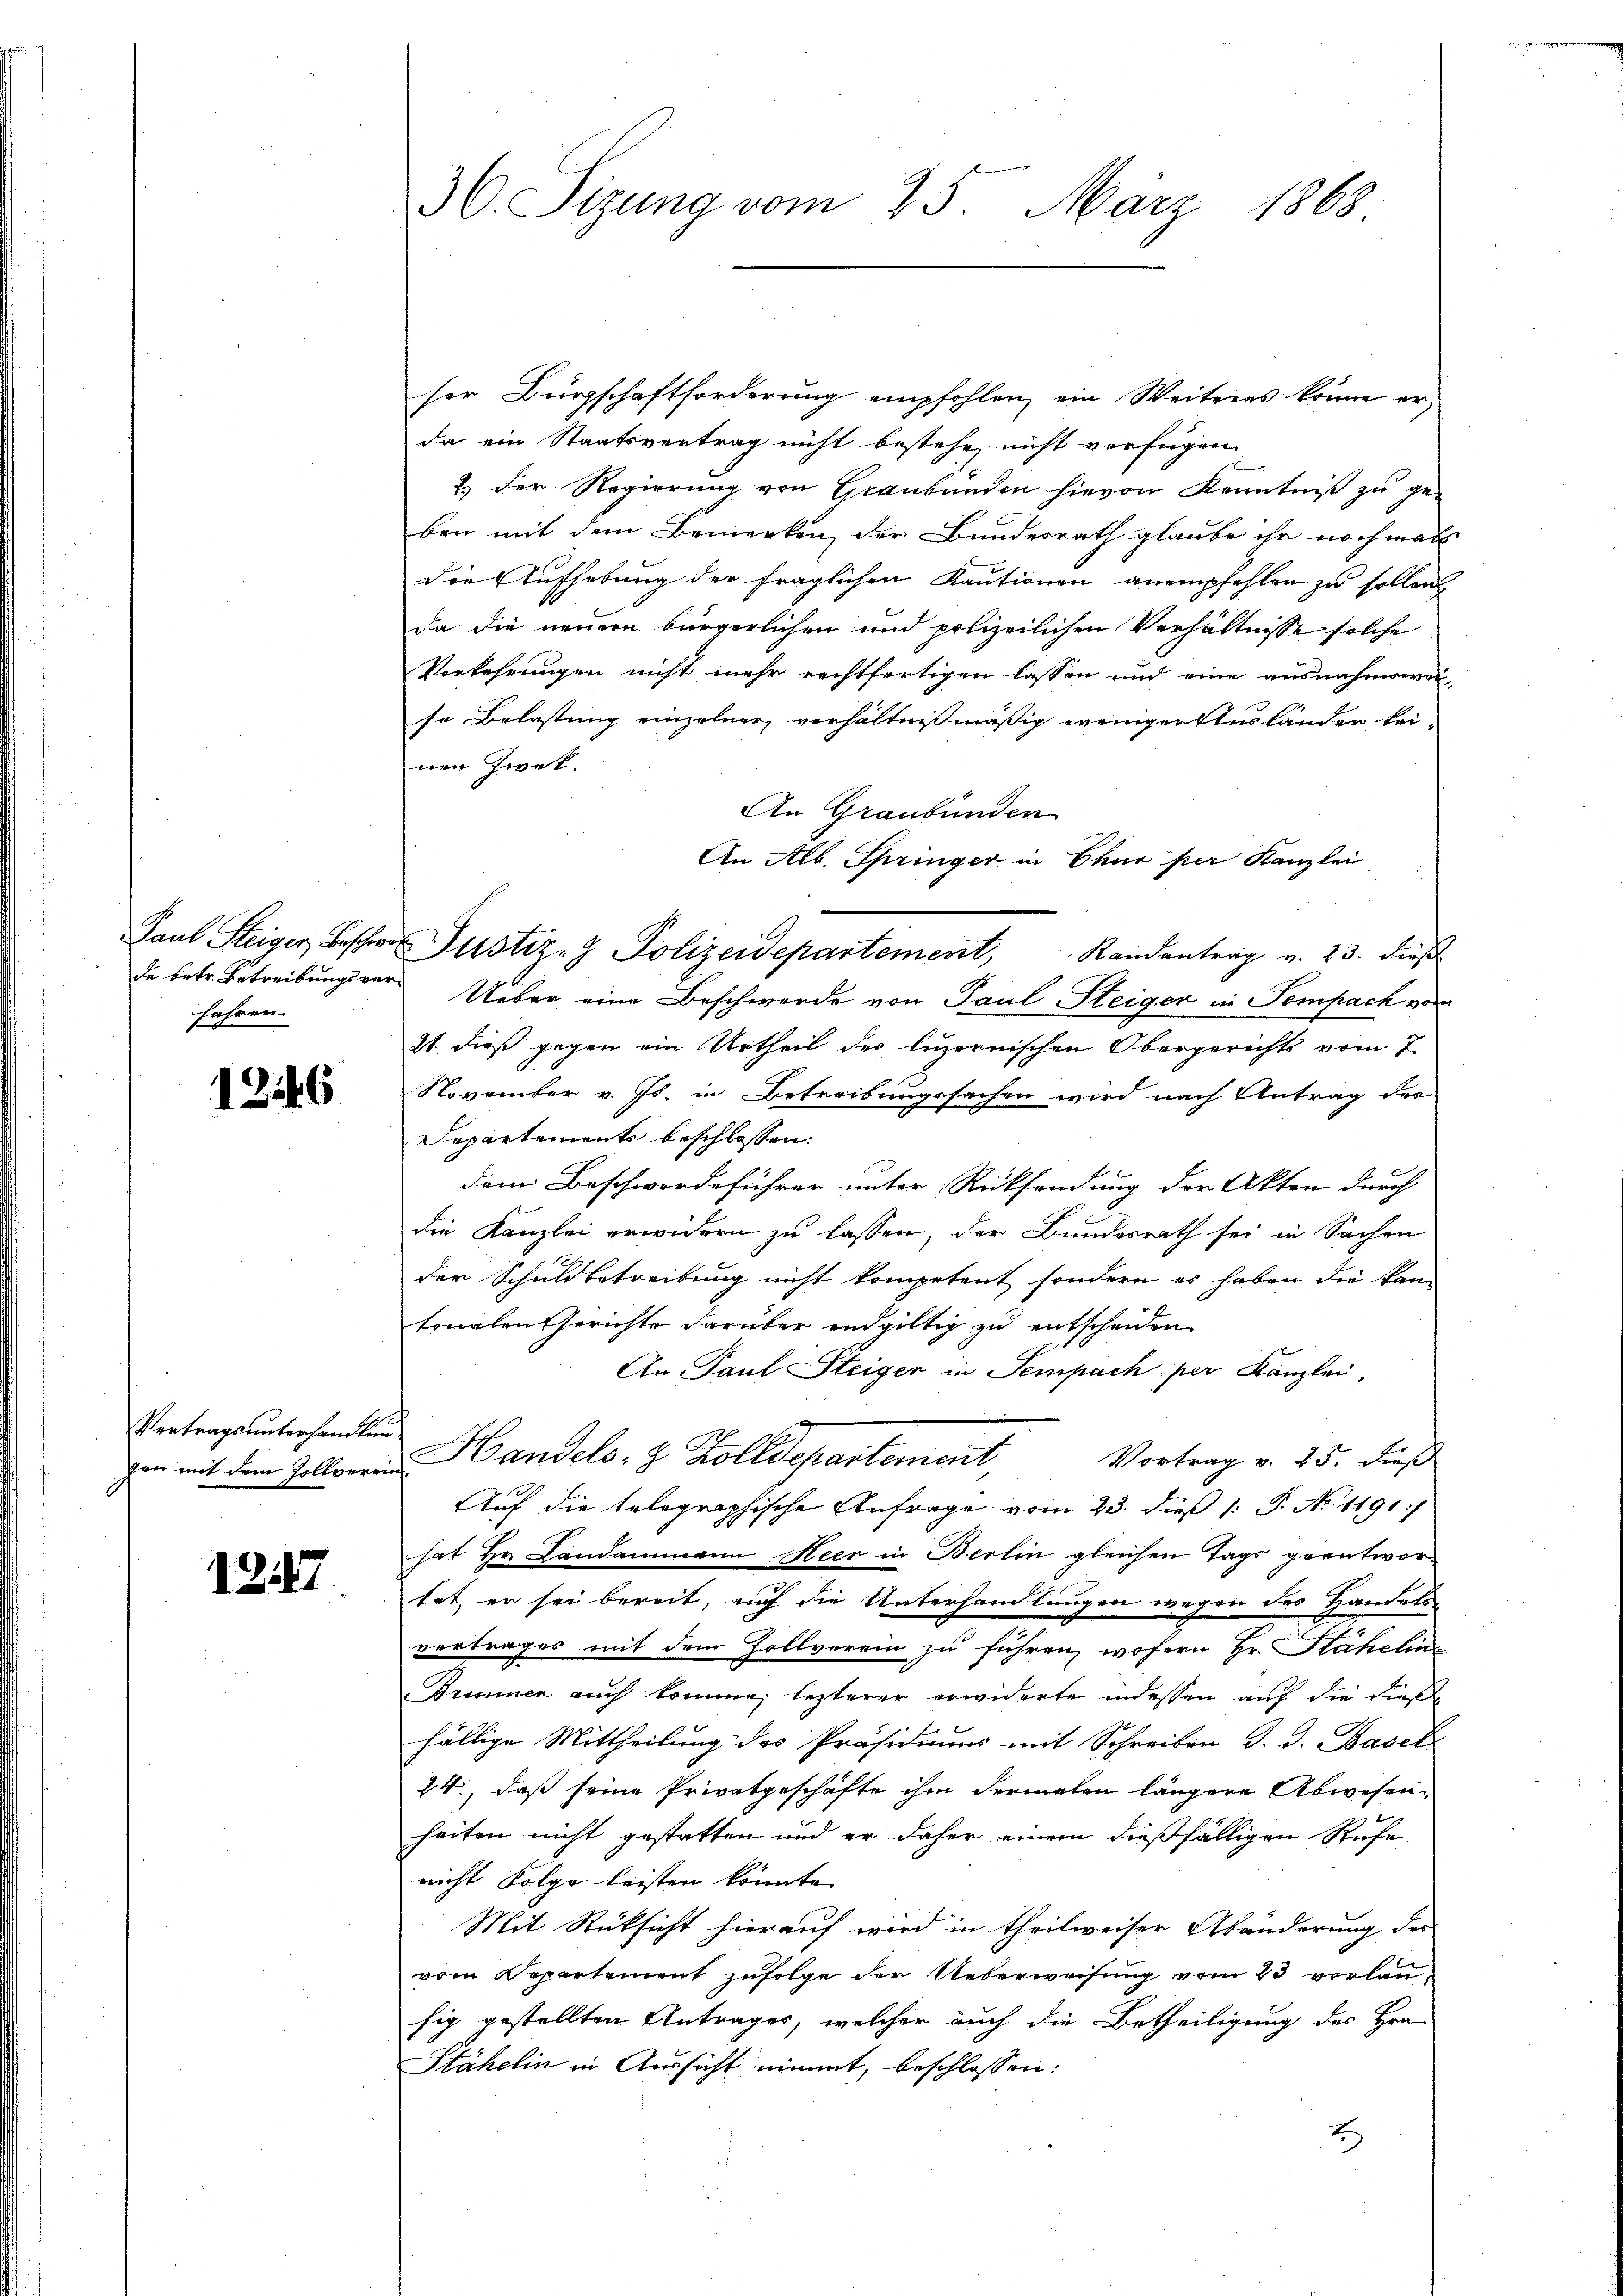
fahren.

1246

Vertragsunterhandlung
gen mit dem Zollveren

1247

30. Sizung vom 25. März 1868

ser Bürgschaftforderung empfohlen, ein Weiteres könne er,
da ein Staatsvertrag nicht bestehe, nicht verfügen.
2.) Der Regierung von Graubünden hievon Kenntniß zu ge-
ben mit dem Bemerken, der Bundesrath glaube ihn nochmals
die Aufhebung der fraglichen Kautionen anempfehlen zu sollen,
da die neuern bürgerlichen und polizeilichen Verhältnisse solche
Vorkehrungen nicht mehr rechtfertigen lassen und eine ausnahmswei
so Belastung einzelner verhältnißmäßig wenigentuslander beinen Zwet.
An Graubünden
An Alb. Springer in Chur per Kanzlei
Paul Steiger Bescher Justiz- & Polizeidepartement, Randantrag v. 23. dieß
de betr. Betreibungsver¬ Ueber eine Beschwerde von Paul Steiger in Sempach von
2t dieß gegen ein Urtheil der ligernischen Obergerichts vom 7.
November v. Js. in Betreibungssachen wird nach Antrag der
Departements beschlossen.
dem Beschwerdeführer unter Rücksendung der Akten durch
die Kanzlei erwidern zu lassen, der Bundesrath sei in Sachen
der Schuldbetreibung nicht kompetent sondern es haben die kann
tonalen Gerichte darüber endgültig zu entscheiden
An Paul Steiger in Sempach per Kanzlei,
 Handels- & Zolldepartement, Vortrag v. 25. dieß
Auf die telegraphische Anfrage vom 23. dieß 1 S. N. 1191/
hat Hr. Landammann Heer in Berlin gleichen Tags geantwortet, er sei bereit, auch die Unterhandlungen wegen des Handels-
vertrages mit dem Zollverein zu führen, wofern Hr. Stähelin
Brunnen auch komme, lezterer erwiderte indessen auf die dieße
fällige Mittheilung des Präsidiums mit Schreiben d. d. Basel
24, daß seine Privatgeschäfte ihm dermalen längere Abwesenheiten nicht gestatten und er daher einem dießfälligen Rufe
nicht Folge leisten könnte.
Mit Rücksicht hierauf wird in theilweiser Abänderung der
vom Departement zufolge der Ueberweisung vom 23 vorlanhig gestellten Antrages, welcher auch die Betheiligung des Hra
Stähelin in Aussicht nimmt, beschlossen:
E